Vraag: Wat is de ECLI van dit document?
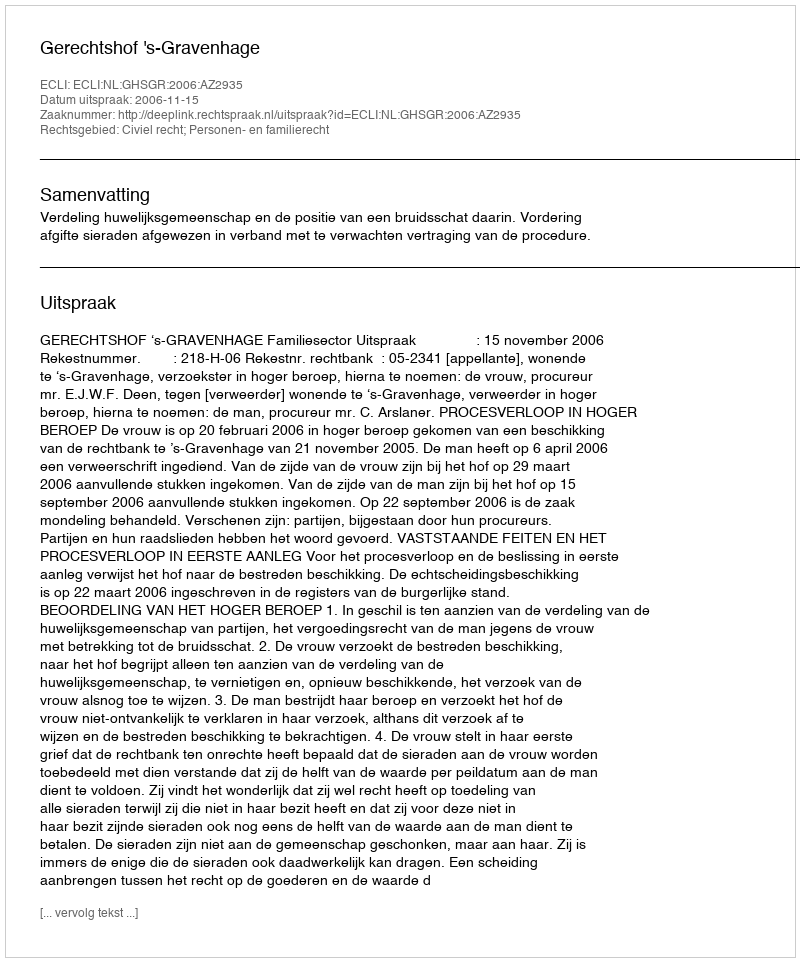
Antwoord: ECLI:NL:GHSGR:2006:AZ2935